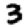
Digit: 3